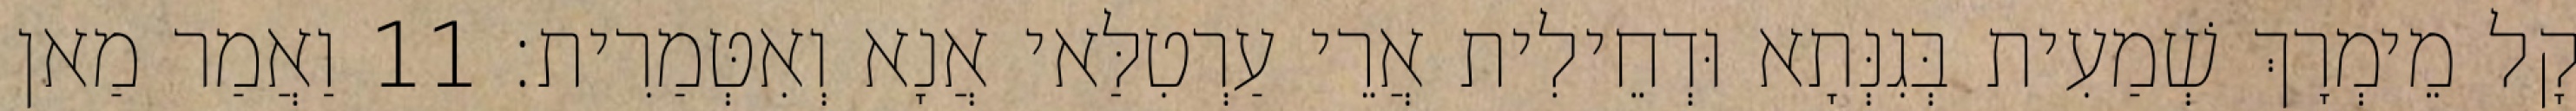
קָל מֵימְרָךְ שְׁמַעִית בְּגִנְּתָא וּדְחֵילִית אֲרֵי עַרְטִלַּאי אֲנָא וְאִטְּמַרִית׃ 11 וַאֲמַר מַאן